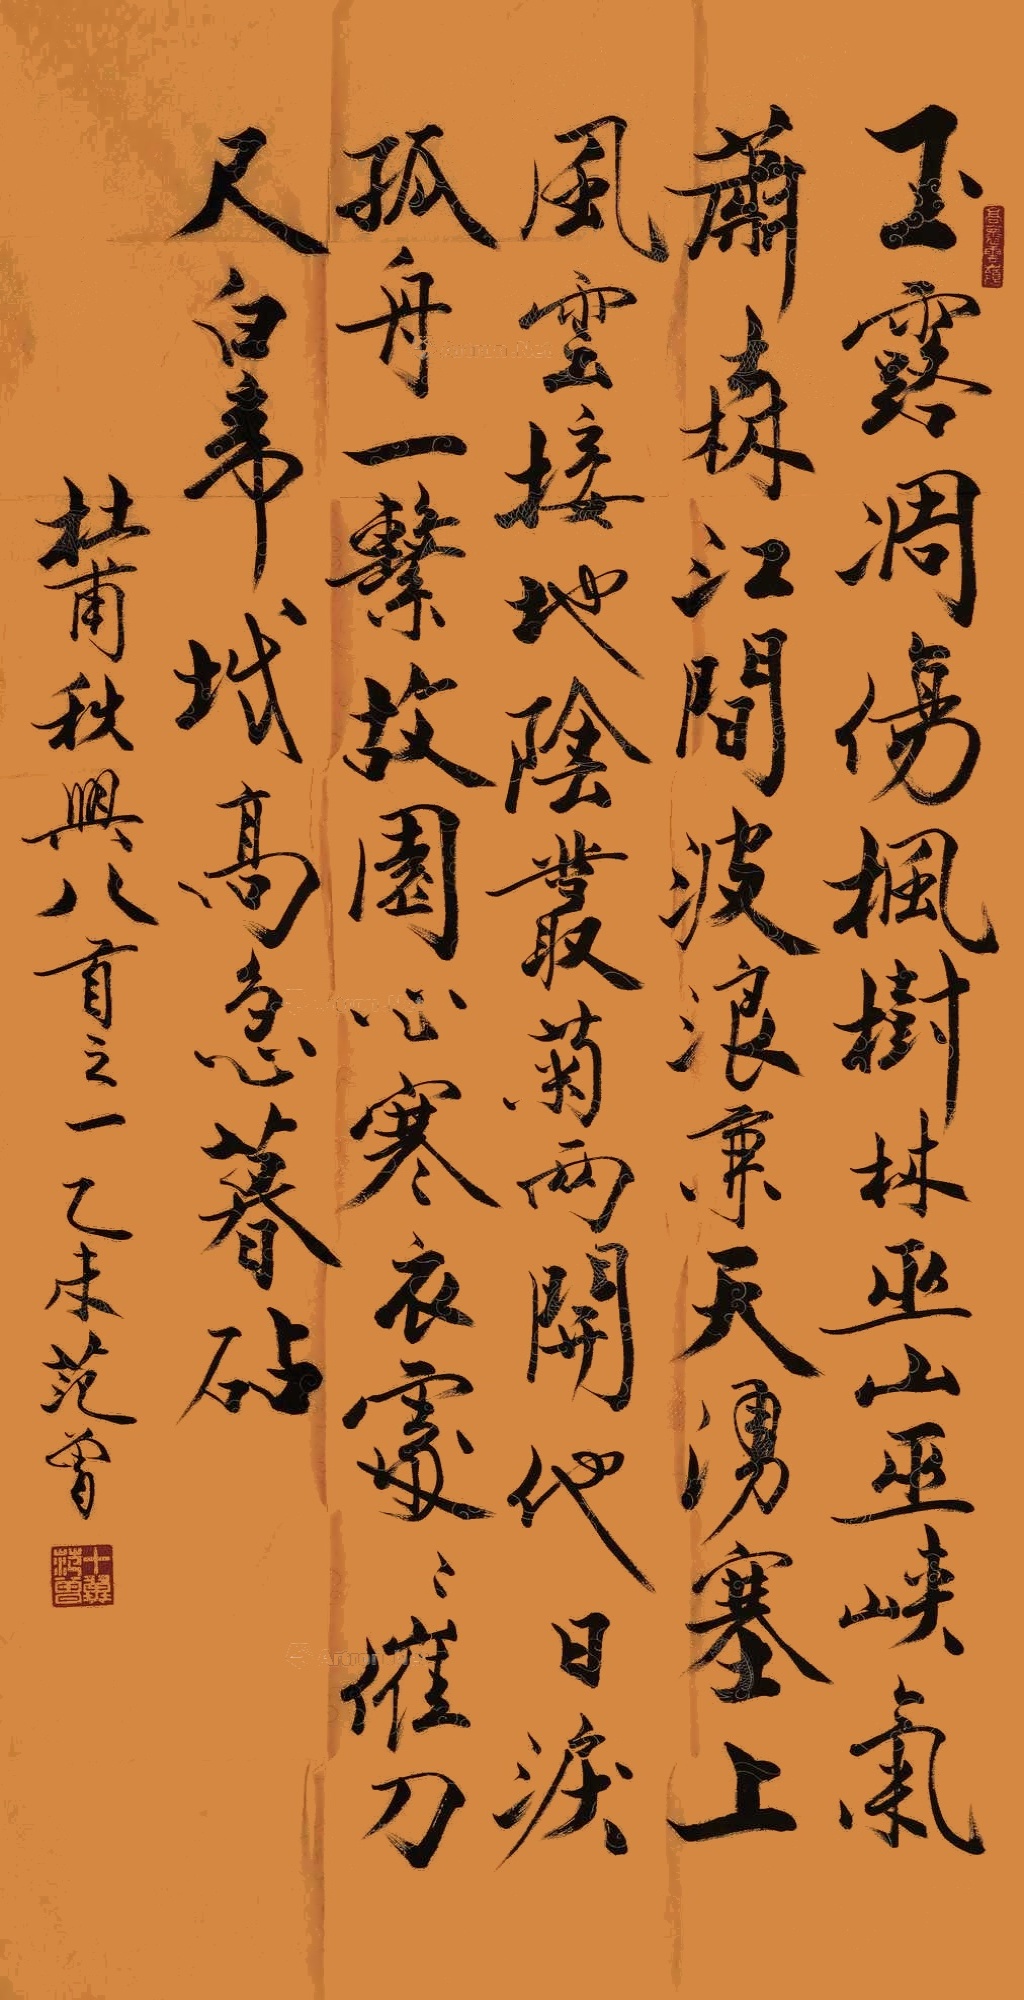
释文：玉露凋伤枫树林，巫山巫峡气萧森。江间波浪兼天涌，塞上风云接地阴。丛菊两开他日泪，孤舟一系故园心。寒衣处处催刀尺，白帝城高急暮砧。杜甫秋兴八首之一，乙未范曾。十翼范曾（白文）